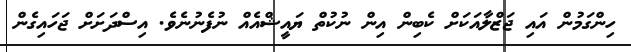
ހިންގަމުން އައި ޖަޒްލާއަކަށް ކެބިން އިން ނުކުތް ޔައީޝްއެއް ނުފެނުނެވެ. އިސްދަށަށް ޖަހައިގެން